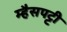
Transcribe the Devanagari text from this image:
म्हैसपट्टी